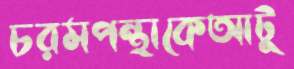
চরমপন্থাকেআটু